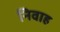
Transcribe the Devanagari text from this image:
निवाह